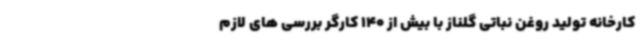
کارخانه تولید روغن نباتی گلناز با بیش از 140 کارگر بررسی های لازم